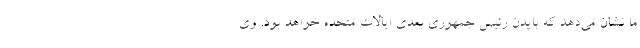
ما نشان می‌دهد که بایدن رئیس جمهوری بعدی ایالات متحده خواهد بود. وی